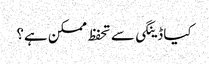
کیا ڈینگی سے تحفظ ممکن ہے؟